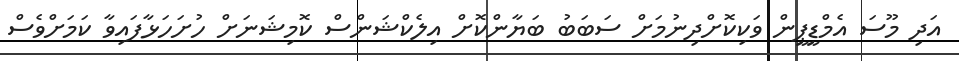
އަދި މޫސަ އެމްޑީޕީން ވަކިކޮށްދިނުމަށް ސަބަބު ބަޔާންކޮށް އިލެކްޝަންސް ކޮމިޝަނަށް ހުށަހަޅާފައިވާ ކަމަށްވެސް